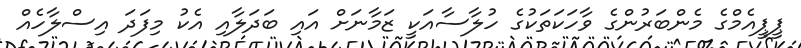
ޕީޕީއެމްގެ މެންބަރުންގެ ވާހަކަތަކުގެ ހުލާސާއަކީ ޒަމާނަށް އައި ބަދަލާއި އެކު މިފަދަ އިސްލާހެއް